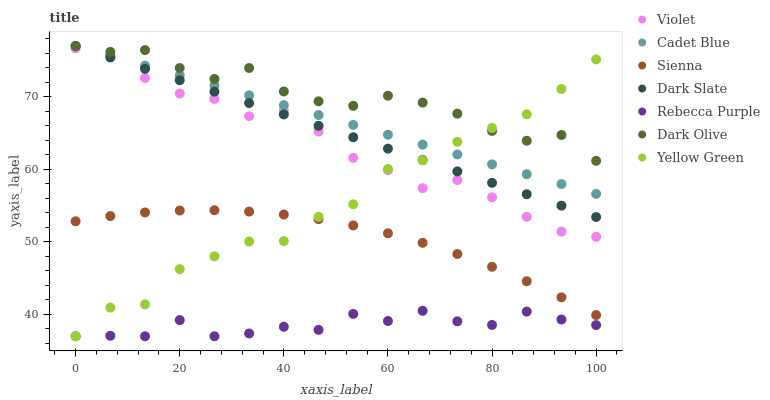
| xaxis_label | Violet | Cadet Blue | Sienna | Dark Slate | Rebecca Purple | Dark Olive | Yellow Green |
 | --- | --- | --- | --- | --- | --- | --- | --- |
 | 0 | 76.7 | 77 | 52.8 | 77 | 37 | 77 | 37 |
 | 6.67 | 75.7 | 75.6 | 53.6 | 75.4 | 37.1 | 76.2 | 40.9 |
 | 13.3 | 72.6 | 74.3 | 54.1 | 73.9 | 37 | 76.4 | 41.4 |
 | 20 | 70.5 | 72.9 | 54.3 | 72.3 | 39.2 | 74 | 46.2 |
 | 26.7 | 69.7 | 71.6 | 54.4 | 70.7 | 37 | 72.5 | 48 |
 | 33.3 | 67.3 | 70.2 | 54.2 | 69.1 | 37.4 | 74 | 50.1 |
 | 40 | 68.1 | 68.8 | 53.8 | 67.6 | 38.3 | 70.7 | 50.1 |
 | 46.7 | 65.2 | 67.5 | 53.1 | 66 | 37.9 | 69.4 | 53.5 |
 | 53.3 | 61.6 | 66.1 | 52.3 | 64.4 | 40.1 | 68.8 | 55.2 |
 | 60 | 59.9 | 64.8 | 51.2 | 62.9 | 39.1 | 70.2 | 60.1 |
 | 66.7 | 57.4 | 63.4 | 49.9 | 61.3 | 40.5 | 69.2 | 61.3 |
 | 73.3 | 58.5 | 62.1 | 48.3 | 59.7 | 39.1 | 67.7 | 63.8 |
 | 80 | 56.1 | 60.7 | 46.6 | 58.1 | 38.6 | 65.3 | 65.7 |
 | 86.7 | 53.5 | 59.3 | 44.6 | 56.6 | 40.4 | 63.9 | 67.6 |
 | 93.3 | 51.4 | 58 | 42.4 | 55 | 39.3 | 64.7 | 71.1 |
 | 100 | 50.7 | 56.6 | 39.9 | 53.4 | 38.5 | 61.2 | 75.2 |